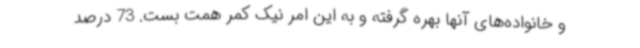
و خانواده‌های آنها بهره گرفته و به این امر نیک کمر همت بست. 73 درصد